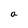
Character: a